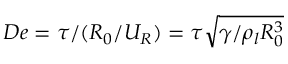
D e = \tau / ( R _ { 0 } / U _ { R } ) = \tau \sqrt { \gamma / \rho _ { l } R _ { 0 } ^ { 3 } }